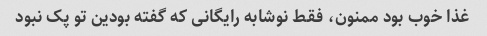
غذا خوب بود ممنون، فقط نوشابه رایگانی که گفته بودین تو پک نبود